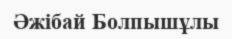
Әжібай Болпышұлы